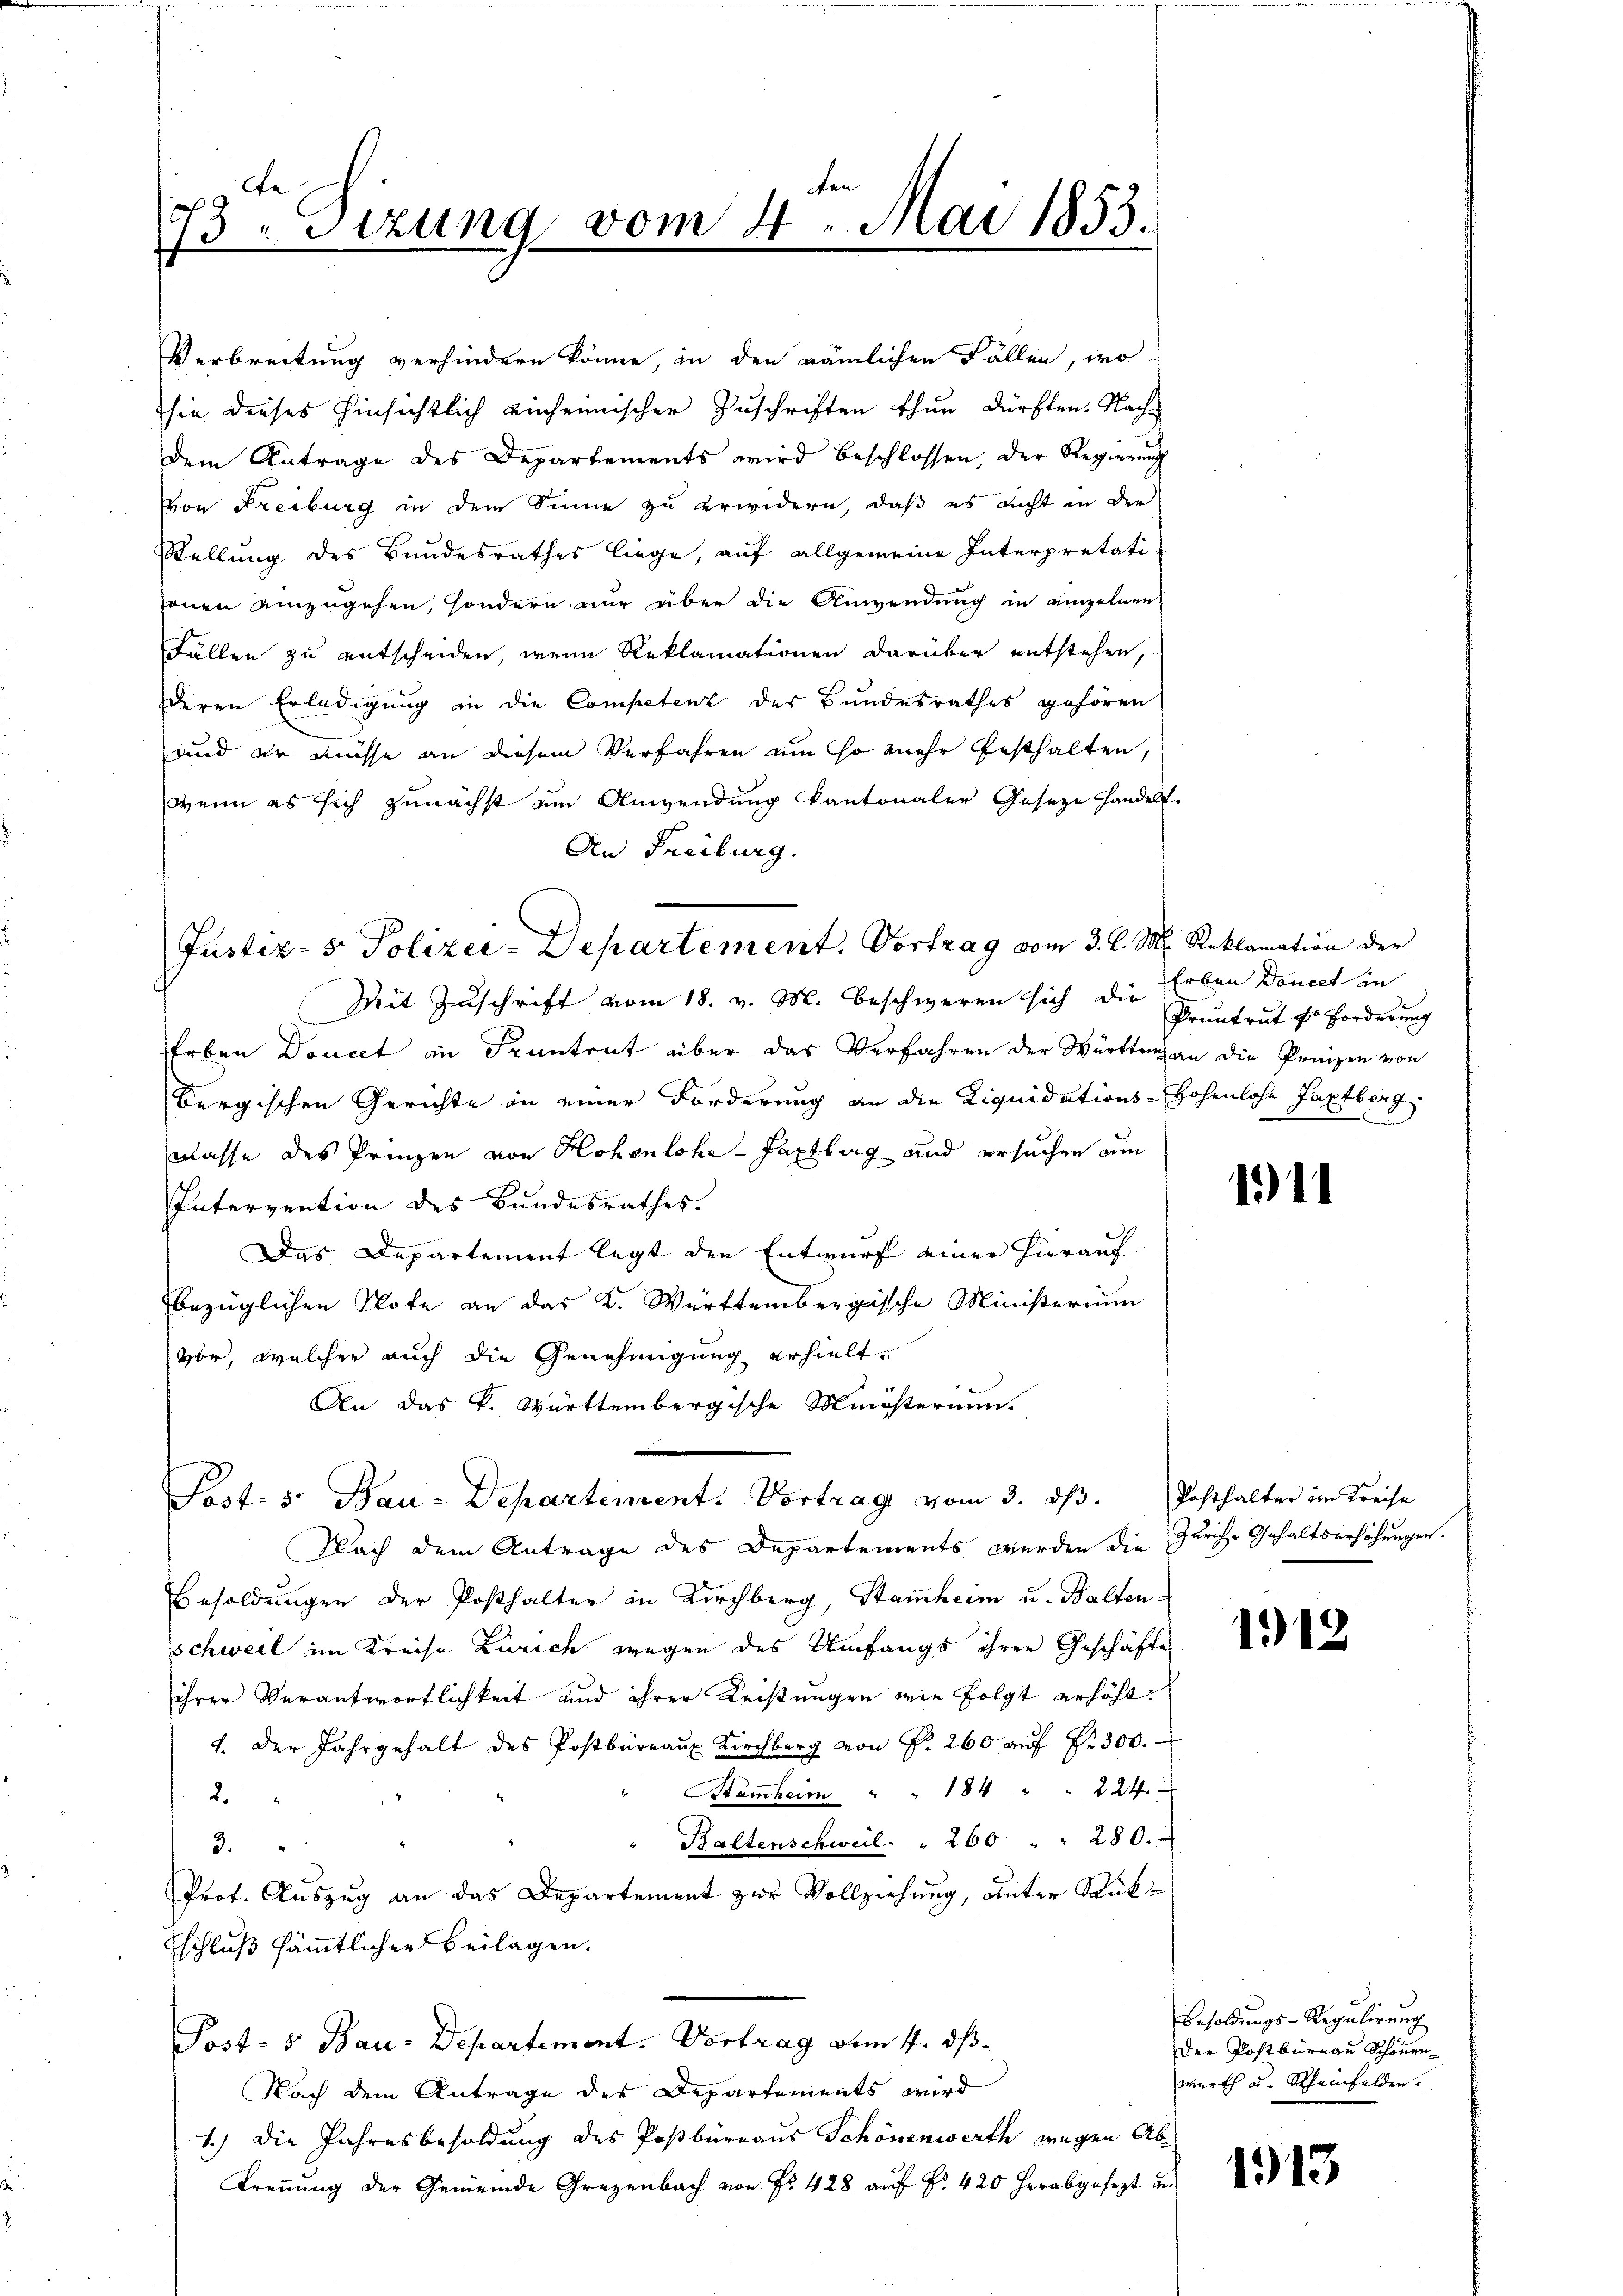
e
73. Sizung vom 4. Mai 1853.

und er müsse an diesem Verfahren um so mehr festhalten,
wenn es sich zunächst am Anwendung kantonaler Geseze handelt.
An Freiburg.
Mit Zuschrift vom 18. v. M. beschweren sich die Erben Doucet in
Erben Doucet in Spantent über das Verfahren der Württem an die Prinzen von
Bergischen Gerichte in einer Forderung an die Liquidations-Hohenlohe Taxtberg.
Classe des Prinzen von Hohenlohe-Haptberg und ersuchen um
Intervention des Bundesrathes.
Das Departement legt den Entwurf einer hierauf
bezüglichen Note an das K. Württembergische Ministerium
vor, welcher auch die Genehmigung erhielt,
An das K. Württembergische Ministerium
Post- 5. Bau-Departement. Vortrag vom 3. ds. Posthalter im Kreise
Nach dem Antrage des Departements werden die Zürich-Gehaltserhöhungen.
Besoldungen der Posthalter in Kirchberg, Stammheim u. Baltenschweil im Kreise Zürich wegen des Umfangs ihrer Geschäftes
ihrer Verantwortlichkeit und ihrer Leistungen wie folgt erhöht.
1. Der Jahrgehalt des Postbüreaŭ Kirchberg von P. 260 aŭf Nr. 300.
Stammheim " " 184 " " 224.
2.
" Baltenschweil. " 260 " " 280.
3.
Prot. Auszug an das Departement zur Vollziehung, unter Rükschluß sämmtlicher Beilagen.
Post- & Bau-Departement. Vortrag vom 4. ds.
Nach dem Antrage des Departements wird
1.) Die Jahresbesoldung des Postbüreaus Schönenwerth wegen Ab¬
Trennung der Gemeinde Grazenbach von Fr. 428 auf Fr. 420 herabgesezt un¬

Verbreitung verhindern könne, in den nämlichen Fällen, wo
sie dieses hinsichtlich einheimischer Zuschriften thun dürften. Nach-
dem Antrage des Departements wird beschlossen, der Regierung
von Freiburg in dem Sinne zu erwidern, daß es nicht in der
Stellung des Bundesrathes liege, auf allgemeine Interpretationen einzugehen, sondern nur über die Anwendung in einzelnen
Fällen zu entscheiden, wenn Reklamationen darüber entstehen,
deren Erledigung in die Competenz des Bundesrathes gehören

Justiz- & Polizei-Departement. Vortrag vom 3. d. M. Reklamation der

Pruntrut dr Forderung

111

1912

Besoldungs-Regulirung
Der Postbüreau Schönen
werth u. Rheinfelden.

1913